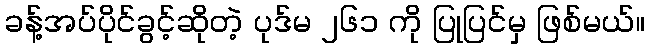
ခန့်အပ်ပိုင်ခွင့်ဆိုတဲ့ ပုဒ်မ ၂၆၁ ကို ပြုပြင်မှ ဖြစ်မယ်။